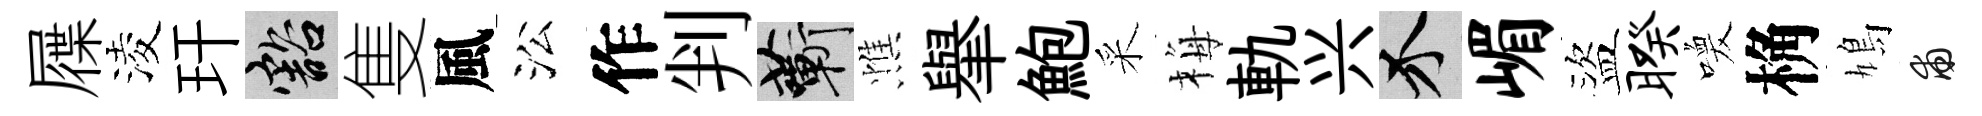
屧淩玕豁隻風㳂作判蔪憔𦦙鮑采梅軌兴介嵋盜暌喚桷鳩甫